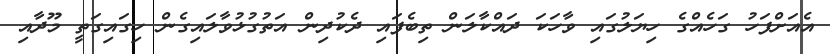
އެއަށްފަހު ގަހެއްގެ ހިޔަލުގައި ވާހަކަ ދައްކާލަން ތިބެފައި ދެކުދިން އަތުގުޅުވާލައިގެން ހިގައިގަތީ މޫދާއި